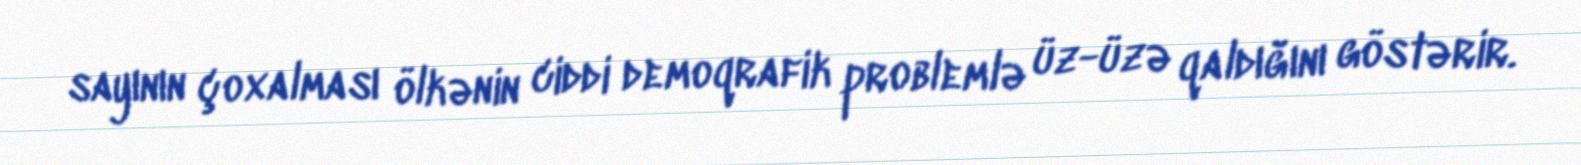
sayının çoxalması ölkənin ciddi demoqrafik problemlə üz-üzə qaldığını göstərir.